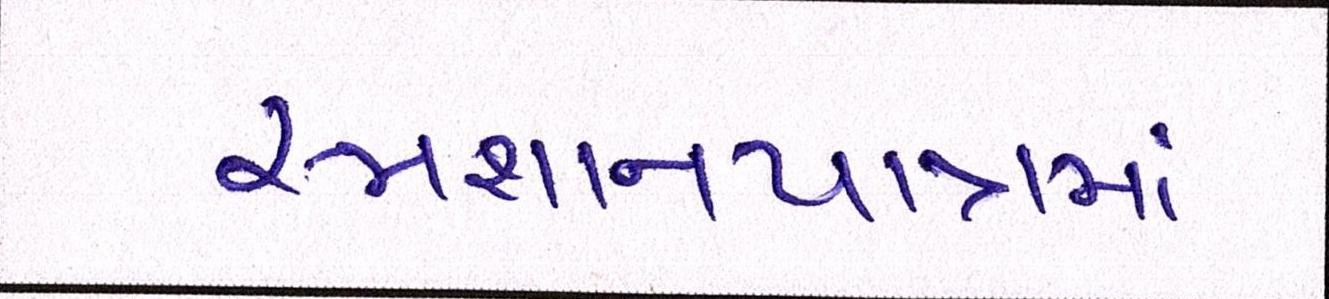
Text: સ્મશાનયાત્રામાં